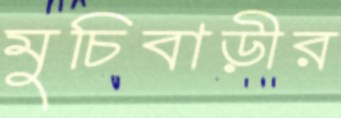
মুচিবাড়ীর